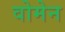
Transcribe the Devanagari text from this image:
वोमेन